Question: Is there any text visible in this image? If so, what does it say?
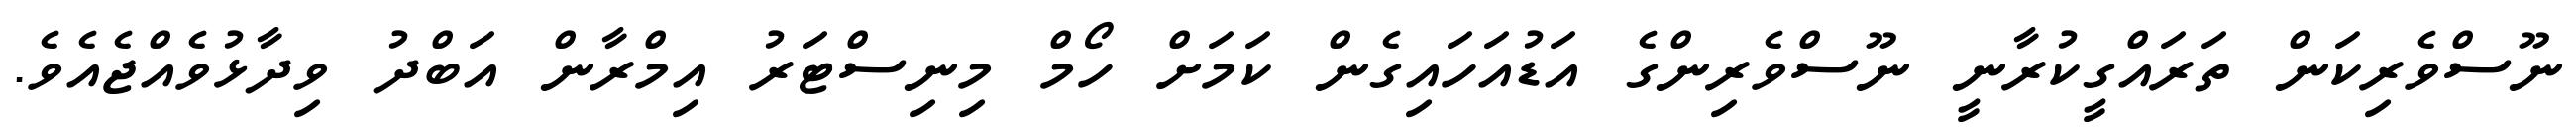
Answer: ނޫސްވެރިކަން ތަރައްގީކުރާނީ ނޫސްވެރިންގެ އަޑުއަހައިގެން ކަމަށް ހޯމް މިނިސްޓަރު އިމްރާން އަބްދު ވިދާޅުވެއްޖެއެވެ.